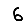
Digit: 6